Civil Veterinary Dept. Bombay admin report 1900-1906 - 1900-1906
Year: 1900
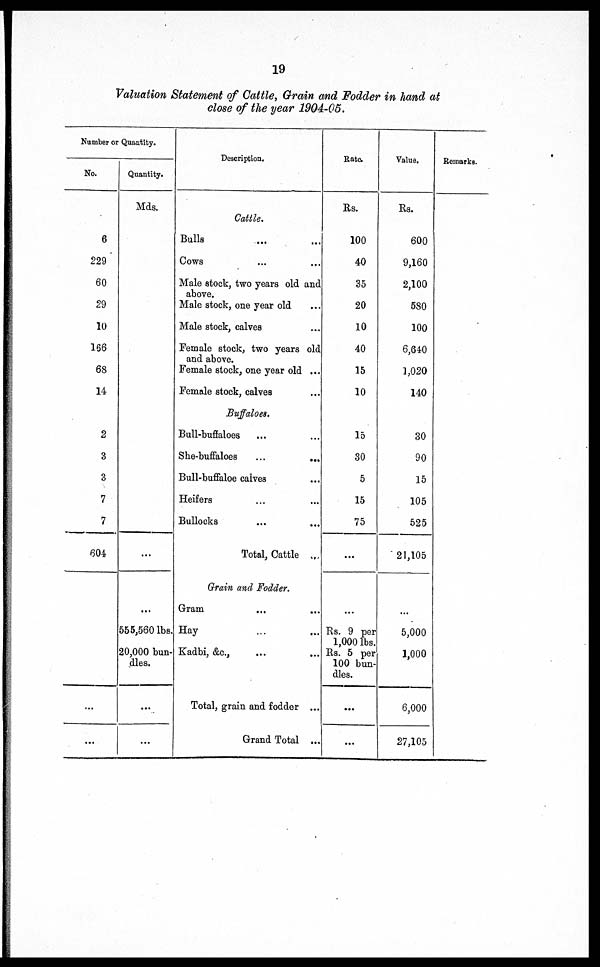
19
Valuation Statement of Cattle, Grain and Fodder in hand at
close of the year 1904-05.
Number or Quantity.
No.
6
229
60
29
10
166
68
14
2
3
3
7
7
604
...
...
Quantity.
Mds.
...
...
555,560 lbs
20,000 bun-
dles.
...
...
Description.
Cattle.
Bulls ... ...
Cows ... ...
Male stock, two years old and
above.
Male stock, one year old ...
Male stock, calves ...
Female stock, two years old
and above.
Female stock, one year old ...
Female stock, calves ...
Buffaloes.
Bull-buffaloes ... ...
She-buffaloes
...
...
Bull-buffaloe calves ...
Heifers ... ...
Bullocks ... ...
Total, Cattle ...
Grain and Fodder.
Gram
...
...
Hay
Kadbi, &c., ... ...
Total, grain and fodder ...
Grand Total ...
Rate.
Rs.
100
40
35
20
10
40
15
10
15
30
5
15
75
...
...
Rs. 9 per
1,000 lbs.
Rs. 5 per
100 bun-
dles.
...
...
Value.
Rs.
600
9,160
2,100
580
100
6,640
1,020
140
30
90
15
105
525
21,105
...
5,000
1,000
6,000
27,105
Remarks.